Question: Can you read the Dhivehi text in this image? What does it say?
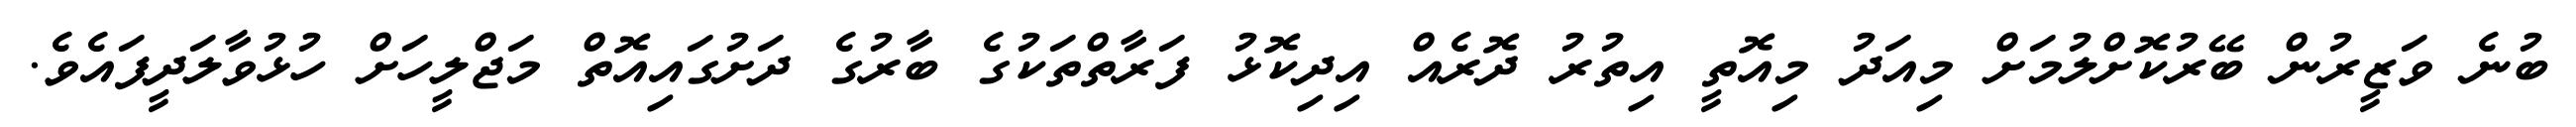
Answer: ބުނެ ވަޒީރުން ބޭރުކޮށްލުމަށް މިއަދު މިއޮތީ އިތުރު ދޮރެއް އިދިކޮޅު ފަރާތްތަކުގެ ބާރުގެ ދަށުގައިއޮތް މަޖްލީހަށް ހުޅުވާލަދީފައެވެ.